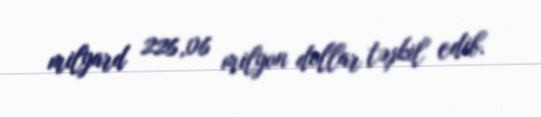
milyard 226,06 milyon dollar təşkil edib.